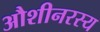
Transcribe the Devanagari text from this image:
औशीनरस्य